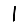
Digit: 1